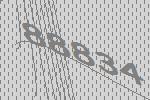
88834